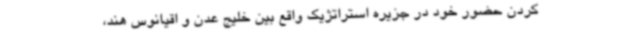
کردن حضور خود در جزیره استراتژیک واقع بین خلیج عدن و اقیانوس هند،